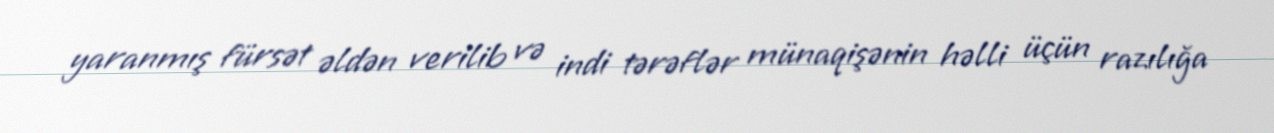
yaranmış fürsət əldən verilib və indi tərəflər münaqişənin həlli üçün razılığa